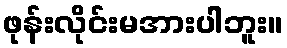
ဖုန်းလိုင်းမအားပါဘူး။